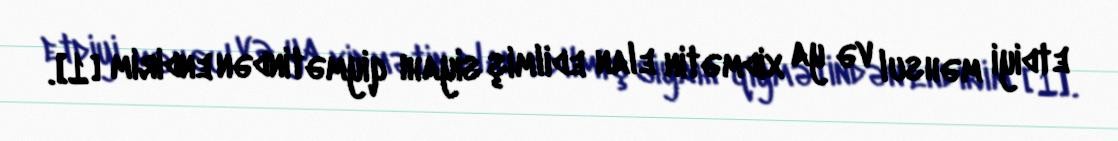
etdiyi məhsul və ya xidmətin elan edilmiş siyahı qiymətindən endirim [1].